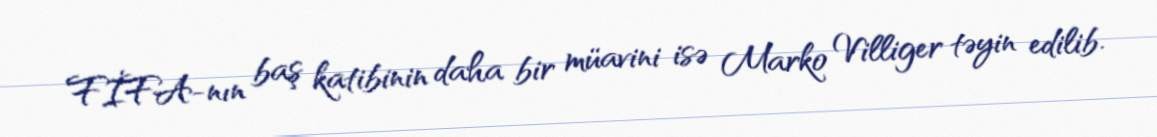
FİFA-nın baş katibinin daha bir müavini isə Marko Villiger təyin edilib.